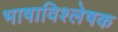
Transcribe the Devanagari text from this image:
भाषाविश्लेषक